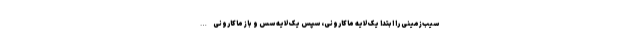
سیب‌زمینی را ابتدا یک لایه ماکارونی، سپس یک لایه سس و باز ماکارونی…